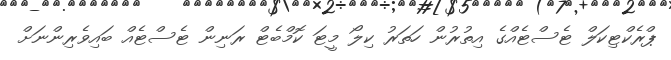
ޕްރެކްޓިކަލް ޓެސްޓެއްގެ އިތުރުން ހަތަރު ކިލޯ މީޓަ ކޮމްބެޓް ރަނިން ޓެސްޓެއް ބައިވެރިންނަށް